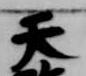
天